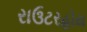
રાઉટરહોય